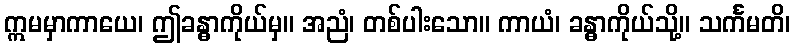
ဣမမှာကာယေ၊ ဤခန္ဓာကိုယ်မှ။ အညံ၊ တစ်ပါးသော။ ကာယံ၊ ခန္ဓာကိုယ်သို့။ သင်္ကမတိ၊